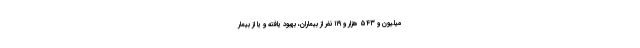
میلیون و ۵۴۳ هزار و ۱۱۹ نفر از بیماران، بهبود یافته و یا از بیمار